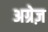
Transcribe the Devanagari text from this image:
अग्रेज़